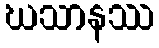
ဃသာနဿ